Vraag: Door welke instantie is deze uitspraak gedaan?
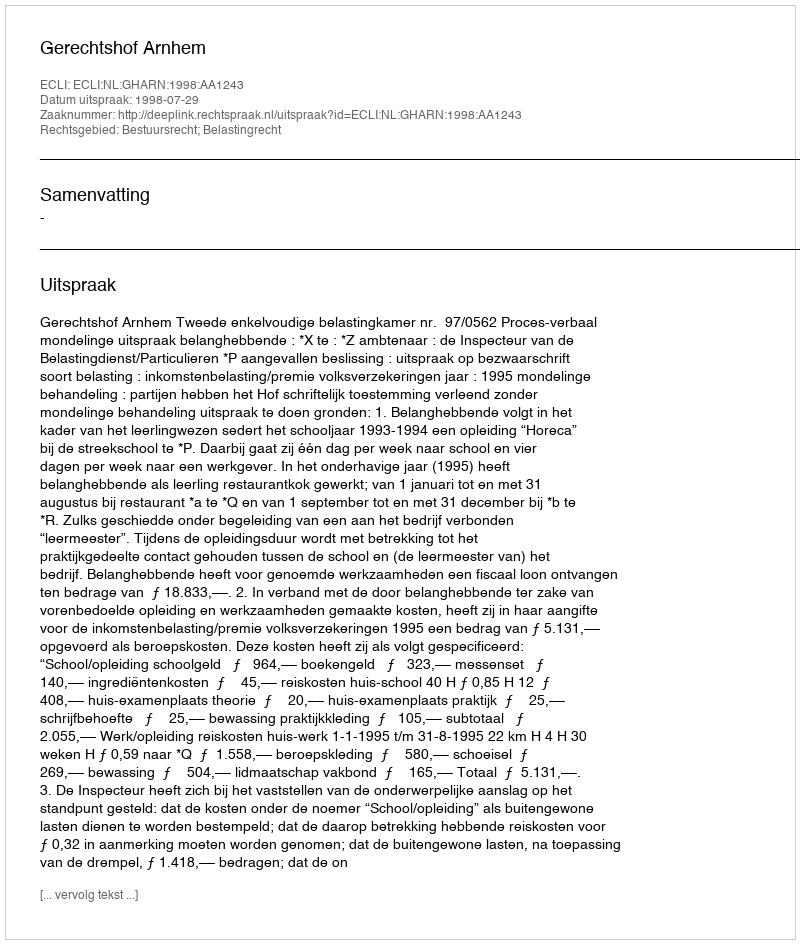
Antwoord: Gerechtshof Arnhem